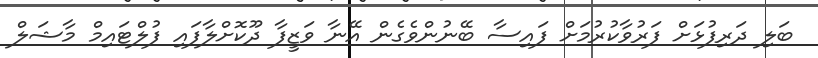
ބަލި ދަރިފުޅަށް ފަރުވާކުރުމަށް ފައިސާ ބޭނުންވެގެން އޭނާ ވަޒީފާ ދޫކޮށްލާފައި ފުލްޓައިމް މާޝަލް